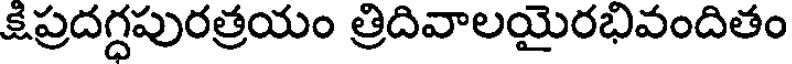
క్షిప్రదగ్ధపురత్రయం త్రిదివాలయైరభివందితం